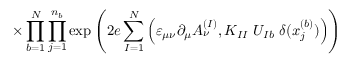
\times \prod _ { b = 1 } ^ { N } \prod _ { j = 1 } ^ { n _ { b } } \exp \left( 2 e \sum _ { I = 1 } ^ { N } \Big ( \varepsilon _ { \mu \nu } \partial _ { \mu } A _ { \nu } ^ { ( I ) } , K _ { I I } \; U _ { I b } \; \delta ( x _ { j } ^ { ( b ) } ) \Big ) \right)